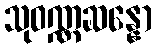
သုဝဏ္ဏဆန္နော